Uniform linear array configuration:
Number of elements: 32
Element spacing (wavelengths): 0.25
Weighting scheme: uniform
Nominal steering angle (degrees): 45
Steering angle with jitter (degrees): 44.673
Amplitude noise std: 0.05
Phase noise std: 0.05

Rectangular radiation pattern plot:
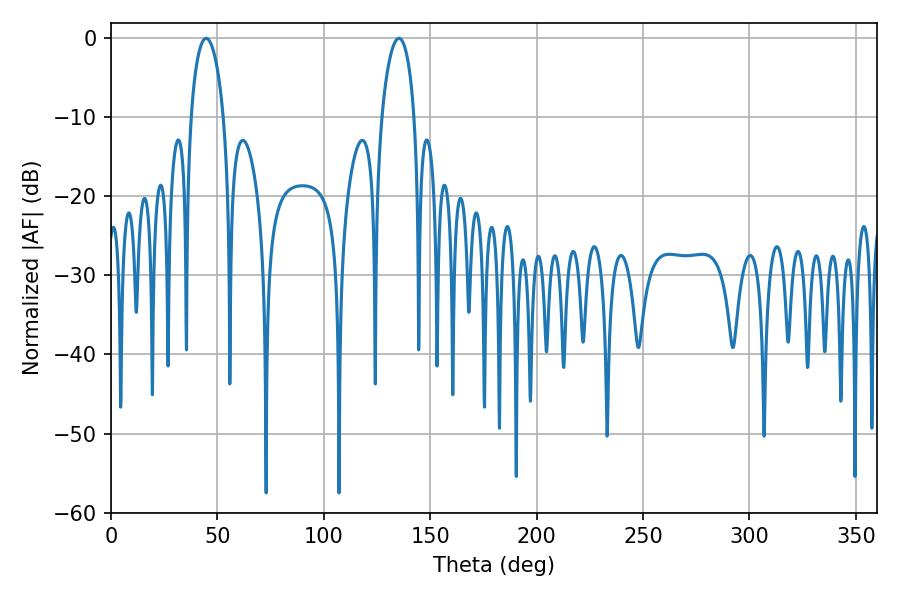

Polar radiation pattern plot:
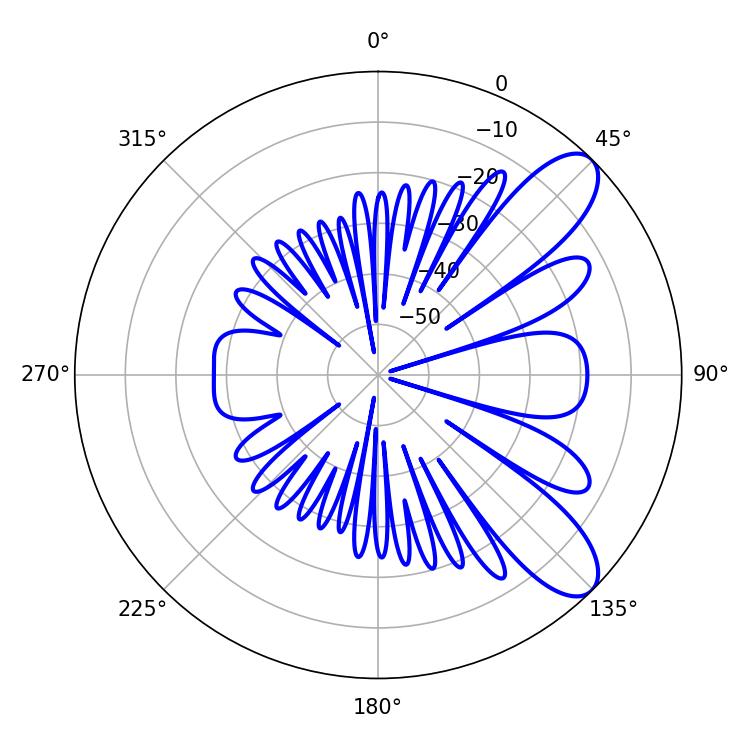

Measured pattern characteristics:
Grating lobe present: FALSE
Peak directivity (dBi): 9.106
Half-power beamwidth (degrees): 8.82
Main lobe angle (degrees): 44.64